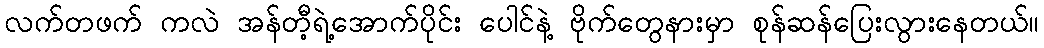
လက်တဖက် ကလဲ အန်တီ့ရဲ့အောက်ပိုင်း ပေါင်နဲ့ ဗိုက်တွေနားမှာ စုန်ဆန်ပြေးလွားနေတယ်။